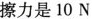
擦力是10N